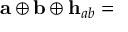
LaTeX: { \bf a } \oplus { \bf b } \oplus { \bf h } _ { a b } = { \bf \Phi }